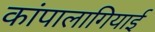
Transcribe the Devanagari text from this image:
कांपालागियाई